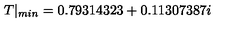
T | _ { m i n } = 0 . 7 9 3 1 4 3 2 3 + 0 . 1 1 3 0 7 3 8 7 i